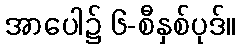
အာပေါ၌ ၆-စီနှစ်ပုဒ်။